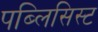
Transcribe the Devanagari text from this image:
पब्लिसिस्ट